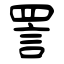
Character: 詈